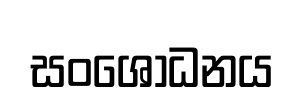
සංශෝධනය